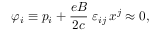
\varphi _ { i } \equiv p _ { i } + \frac { e B } { 2 c } \; \varepsilon _ { i j } \, x ^ { j } \approx 0 ,